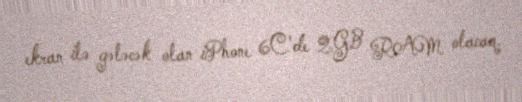
ekran ilə gələcək olan iPhone 6C'de 2GB RAM olacaq.